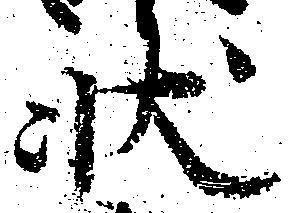
状